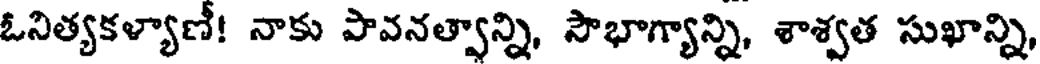
ఓనిత్యకళ్యాణీ! నాకు పావనత్వాన్ని, సౌభాగ్యాన్ని, శాశ్వత సుఖాన్ని,